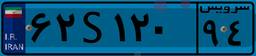
۲۳S۱۲۰۵۳